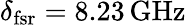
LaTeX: \delta_{\mathrm{fsr}}=8.23\operatorname{GHz}